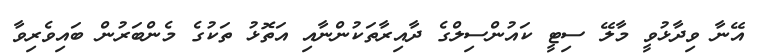
އޭނާ ވިދާޅުވީ މާލޭ ސިޓީ ކައުންސިލްގެ ދާއިރާތަކުންނާއި އަތޮޅު ތަކުގެ މެންބަރުން ބައިވެރިވާ